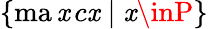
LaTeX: \{ \operatorname*{ma\mathit{x}}c\mathit{x}\mid\mathit{x}\inP\}